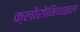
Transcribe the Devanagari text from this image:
क्लोरोमिथाइल